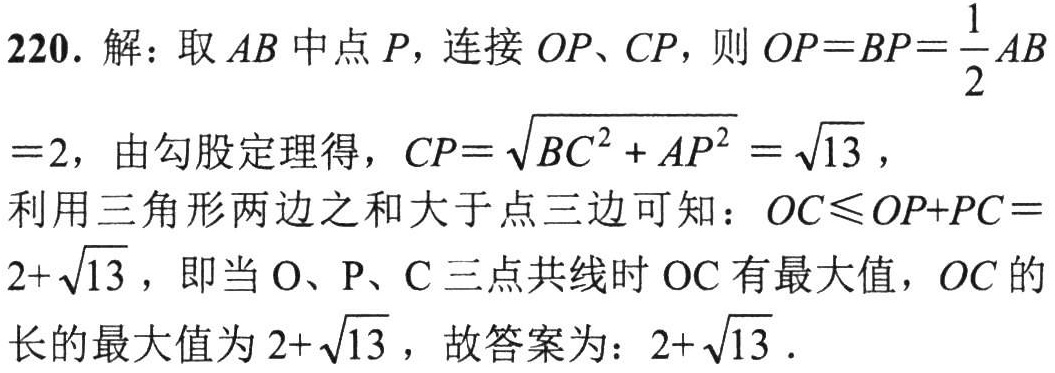
220. 解：取 \(AB\) 中点 \(P\)，连接 \(OP\)、\(CP\)，则 \(OP = BP=\frac{1}{2}AB\)

\( = 2\)，由勾股定理得，\(CP = \sqrt{BC^{2}+AP^{2}}=\sqrt{13}\)，

利用三角形两边之和大于第三边可知：\(OC\leqslant OP + PC = 2+\sqrt{13}\)，即当 \(O\)、\(P\)、\(C\) 三点共线时 \(OC\) 有最大值，\(OC\) 的长的最大值为 \(2+\sqrt{13}\)，故答案为：\(2+\sqrt{13}\)．